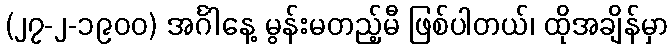
(၂၇-၂-၁၉၀၀) အင်္ဂါနေ့ မွန်းမတည့်မီ ဖြစ်ပါတယ်၊ ထိုအချိန်မှာ